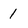
Character: 1